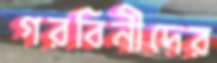
গরবিনীদের